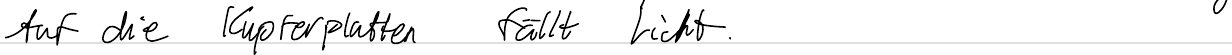
Auf die Kupferplatten fällt Licht.